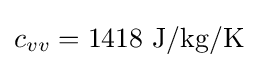
c_{vv}=1418{\text{ J/kg/K}}